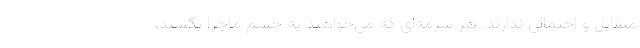
متقابل و احتمالی ندارند. هر سُرمه‌ای که می‌خواهند به چشم ماجرا بکشند،